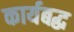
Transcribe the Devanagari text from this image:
कार्यबद्ध